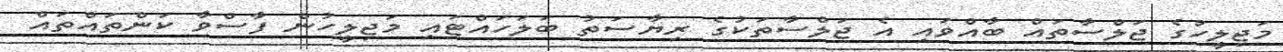
މަޖިލީހުގެ ޖަލްސާތައް ބާއްވައި އެ ޖަލްސާތަކުގެ ރިޔާސަތު ބަލަހައްޓައި މަޖިލީހުން ފާސްވާ ކަންތައްތައް